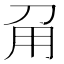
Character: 𤰄